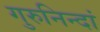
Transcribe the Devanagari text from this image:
गुरुनिन्दां